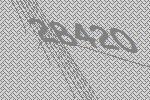
28420